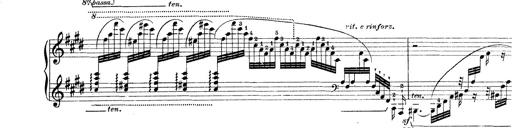
Title: Rapsodie: 19 ungheresi, 1 spagnuola
Composer: Franz Liszt